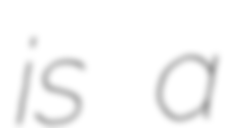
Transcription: is a